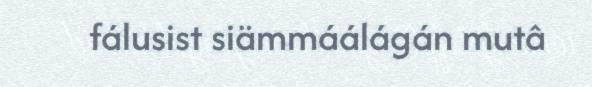
fálusist siämmáálágán mutâ